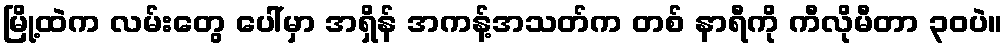
မြို့ထဲက လမ်းတွေ ပေါ်မှာ အရှိန် အကန့်အသတ်က တစ် နာရီကို ကီလိုမီတာ ၃၀ပဲ။